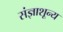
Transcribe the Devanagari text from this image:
संज्ञाशून्य